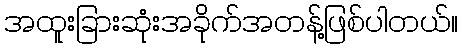
အထူးခြားဆုံးအခိုက်အတန့်ဖြစ်ပါတယ်။